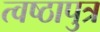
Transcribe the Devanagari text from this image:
त्वष्ठापुत्र